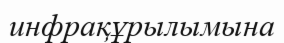
инфрақұрылымына